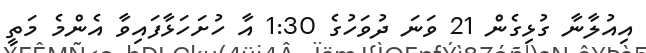
އިއުލާނާ ގުޅިގެން 21 ވަނަ ދުވަހުގެ 1:30 އާ ހުށަހަޅާފައިވާ އެންމެ މަތީ